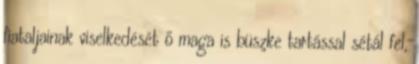
fiataljainak viselkedését ő maga is büszke tartással sétál fel,